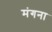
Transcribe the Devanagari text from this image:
मंगना